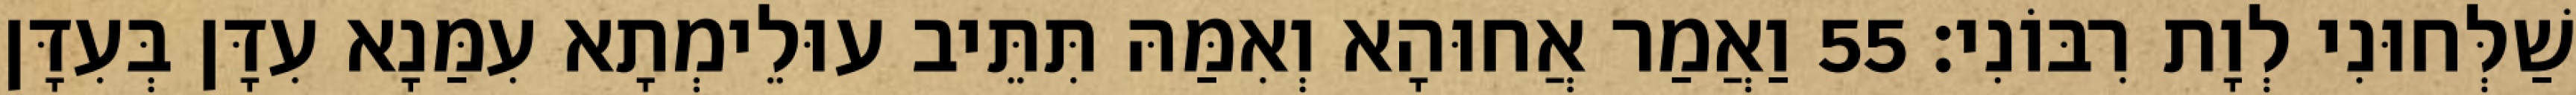
שַׁלְּחוּנִי לְוָת רִבּוֹנִי׃ 55 וַאֲמַר אֲחוּהָא וְאִמַּהּ תִּתֵּיב עוּלֵימְתָא עִמַּנָא עִדָּן בְּעִדָּן